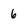
Character: 6